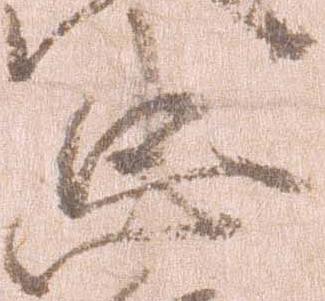
忠